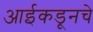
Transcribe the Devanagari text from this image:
आईकडूनचे